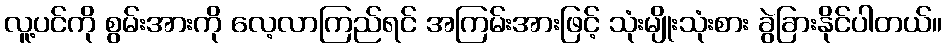
လူ့ပင်ကို စွမ်းအားကို လေ့လာကြည်ရင် အကြမ်းအားဖြင့် သုံးမျိုးသုံးစား ခွဲခြားနိုင်ပါတယ်။